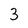
Character: 3